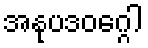
အနုပဒဝဂ္ဂေါ